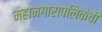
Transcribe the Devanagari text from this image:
महानगारापलिकेची